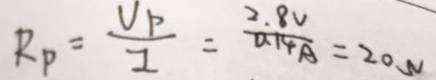
R _ { P } = \frac { V _ { P } } { I } = \frac { 2 . 8 V } { 0 . 1 4 A } = 2 0 W